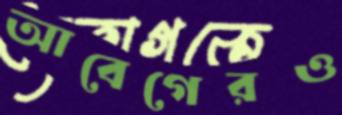
আবেগেরও